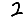
Digit: 2